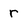
Character: r